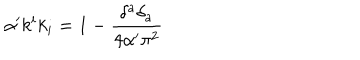
\alpha ^ { \prime } k ^ { i } k _ { i } = 1 - \frac { \delta ^ { a } \delta _ { a } } { 4 \alpha ^ { \prime } \pi ^ { 2 } }